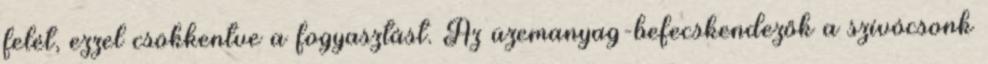
felét, ezzel csökkentve a fogyasztást. Az üzemanyag-befecskendezők a szívócsonk